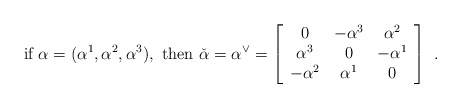
\begin{align*} \mbox{if}\ \alpha=(\alpha^1,\alpha^2,\alpha^3),\ \mbox{then}\ \check{\alpha}=\alpha^\vee= \left[\begin{array}{ccc} 0 & -\alpha^3 & \alpha^2 \\ \alpha^3 &0 & -\alpha^1 \\ -\alpha^2 & \alpha^1 &0 \end{array}\right]\ .\end{align*}